Civil Veterinary Dept. Bombay admin report 1900-1906 - 1900-1906
Year: 1900
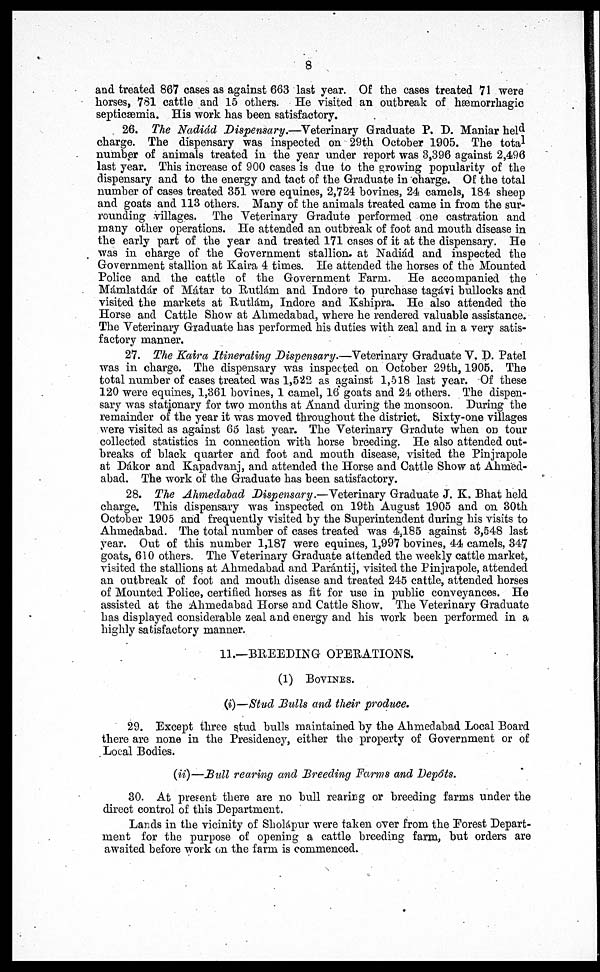
8
and treated 867 cases as against 663 last year. Of the cases treated 71 were
horses, 781 cattle and 15 others. He visited an outbreak of hæmorrhagic
septicæmia. His work has been satisfactory.
26. The Nadiád Dispensary.—Veterinary
Graduate P. D. Maniar held
charge. The dispensary was inspected on 29th October 1905. The total
number of animals treated in the year under report was 3,396 against 2,496
last year. This increase of 900 cases is clue to the growing popularity of the
dispensary and to the energy and tact of the Graduate in charge. Of the total
number of cases treated 351 were equines, 2,724 bovines, 24 camels, 184 sheep
and goats and 113 others. Many of the animals treated came in from the sur-
rounding villages. The Veterinary Gradute performed one castration and
many other operations. He attended an outbreak of foot and mouth disease in
the early part of the year and treated 171 cases of it at the dispensary. He
was in charge of the Government stallion at Nadiád and inspected the
Government stallion at Kaira 4 times. He attended the horses of the Mounted
Police and the cattle of the Government Farm.
He accompanied the
Mámlatdár of Mátar to Rutlám and Indore to purchase tagávi bullocks and
visited the markets at Rutlám, Indore and Kshipra. He also attended the
Horse and Cattle Show at Ahmedabad, where he rendered valuable assistance.
The Veterinary Graduate has performed his duties with zeal and in a very satis-
factory manner.
27. The Kaira Itinerating Dispensary.—Veterinary
Graduate V. D. Patel
was in charge. The dispensary was inspected on October 29th, 1905. The
total number of cases treated was 1,522 as against 1,518 last year. Of these
120 were equines, 1,361 bovines, 1 camel, 16 goats and 24 others. The dispen-
sary was stationary for two months at Anand during the monsoon. During the
remainder of the year it was moved throughout the district. Sixty-one villages
were visited as against 65 last year. The Veterinary Gradute when on tour
collected statistics in connection with horse breeding. He also attended out-
breaks of black quarter and foot and mouth disease, visited the Pinjrapole
at Dákor and Kapadvanj, and attended the Horse and Cattle Show at Ahmed-
abad. The work of the Graduate has been satisfactory.
28. The Ahmedabad Dispensary.—Veterinary
Graduate J. K. Bhat held
charge. This dispensary was inspected on 19th August 1905 and on 30th
October 1905 and frequently visited by the Superintendent during his visits to
Ahmedabad. The total number of cases treated was 4.185 against 3,548 last
year. Out of this number 1,187 were equines, 1,997 bovines, 44 camels, 347
goats, 610 others. The Veterinary Graduate attended the weekly cattle market,
visited the stallions at Ahmedabad and Parántij, visited the Pinjrapole, attended
an outbreak of foot and mouth disease and treated 245 cattle, attended horses
of Mounted Police, certified horses as fit for use in public conveyances. He
assisted at the Ahmedabad Horse and Cattle Show. The Veterinary Graduate
has displayed considerable zeal and energy and his work been performed in a
highly satisfactory manner.
11.—BREEDING OPERATIONS.
(1) BOVINCE.
(i)—Stud Bulls and their produce,
29. Except three stud bulls maintained by the Ahmedabad Local Board
there are none in the Presidency, either the property of Government or of
Local Bodies.
(ii)—Bull rearing and Breeding Farms and Depôts.
30. At present there are no bull rearing or breeding farms under the
direct control of this Department.
Lands in the vicinity of Sholápur were taken over from the Forest Depart-
ment for the purpose of opening a cattle breeding farm, but orders are
awaited before work on the farm is commenced.